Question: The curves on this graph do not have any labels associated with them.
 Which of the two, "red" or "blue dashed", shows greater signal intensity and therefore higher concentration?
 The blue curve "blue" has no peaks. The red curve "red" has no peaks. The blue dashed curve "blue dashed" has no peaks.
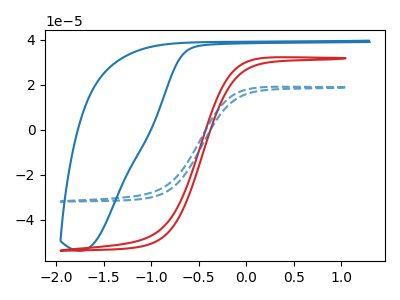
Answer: <think>Neither "red" or "blue dashed" have any peaks.
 </think>
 <answer>I cant tell if "red" or "blue dashed" has higher concentration.</answer>
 <eval>mixed_concentration</eval>